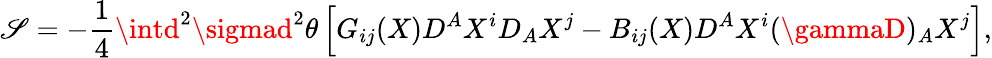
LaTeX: \mathscr{S}=-\frac{{1}}{{4}}\intd^{2}\sigmad^{2}\theta\left[G_{ij}(X)D^{A}X^{i}D_{A}X^{j}-B_{ij}(X)D^{A}X^{i}(\gammaD)_{A}X^{j}\right],